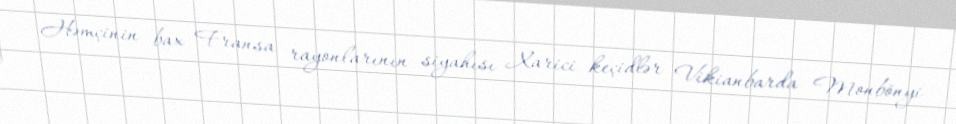
Həmçinin bax Fransa rayonlarının siyahısı Xarici keçidlər Vikianbarda Monbönyi